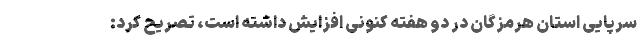
سرپایی استان هرمزگان در دو هفته کنونی افزایش داشته است، تصریح کرد: